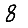
Digit: 8